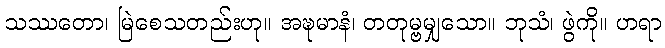
သဿတော၊ မြဲစေသတည်းဟု။ အဍ္ဎမာနံ၊ တတုမ္ဗမျှသော။ ဘုသံ၊ ဖွဲကို။ ဟရာ